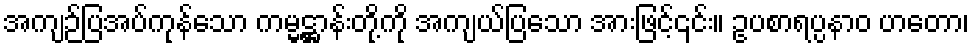
အကျဉ်ပြအပ်ကုန်သော ကမ္မဋ္ဌာန်းတို့ကို အကျယ်ပြသော အားဖြင့်၎င်း။ ဥပစာရပ္ပနာဝ ဟတော၊